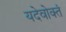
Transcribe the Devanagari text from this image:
यदेवोक्तं